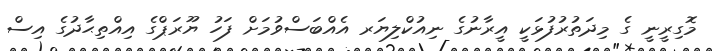
މޮގިރީނީ ގެ މިދަތުރުފުޅަކީ އީރާނުގެ ނިއުކްލިޔަރ އެއްބަސްވުމަށް ފަހު ޔޫރަޕްގެ އިއްތިޙާދުގެ އިސް